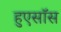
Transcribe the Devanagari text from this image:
हुएसॉस